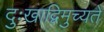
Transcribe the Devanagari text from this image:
दुःखाद्विमुच्यते